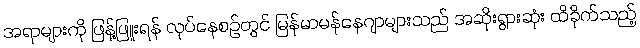
အရာများကို ဖြန့်ဖြူးရန် လုပ်နေစဉ်တွင် မြန်မာမန်နေဂျာများသည် အဆိုးရွားဆုံး ထိခိုက်သည့်